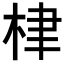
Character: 𣑵